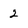
Character: 2